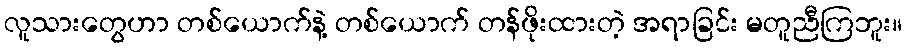
လူသားတွေဟာ တစ်ယောက်နဲ့ တစ်ယောက် တန်ဖိုးထားတဲ့ အရာခြင်း မတူညီကြဘူး။